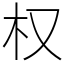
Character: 权